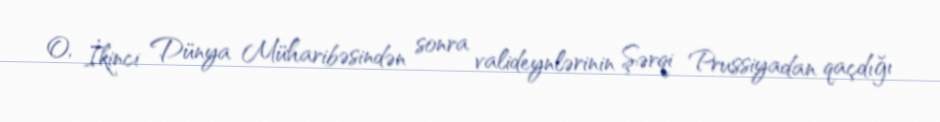
O, İkinci Dünya Müharibəsindən sonra valideynlərinin Şərqi Prussiyadan qaçdığı